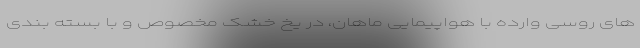
های روسی وارده با هواپیمایی ماهان، در یخ خشک مخصوص و با بسته بندی